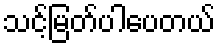
သင့်မြတ်ပါပေတယ်